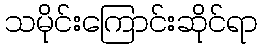
သမိုင်းကြောင်းဆိုင်ရာ